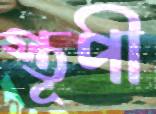
স্তূপী